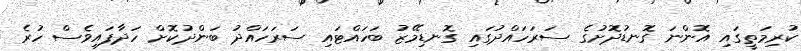
ކުރިމަތީގައި އޮންނަ ގޮނޑުދޮށުގެ ސަރަހައްދުގައި ގޮނޑިމޭޒު ބަހައްޓައި ސަރަހައްދު ބަންދުކޮށް ހަދާފައިވެސް ހުރެ